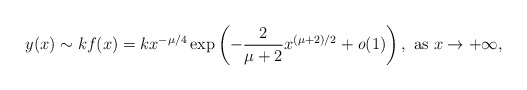
\begin{align*} y(x)\sim kf(x)=kx^{-\mu/4}\exp\left(-\frac{2}{\mu+2}x^{(\mu+2)/2}+\textit{o}(1)\right), \ {\rm as}\ x\to+\infty,\end{align*}